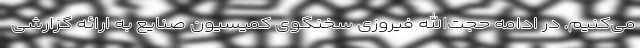
می‌کنیم. در ادامه حجت‌الله فیروزی سخنگوی کمیسیون صنایع به ارائه گزارشی